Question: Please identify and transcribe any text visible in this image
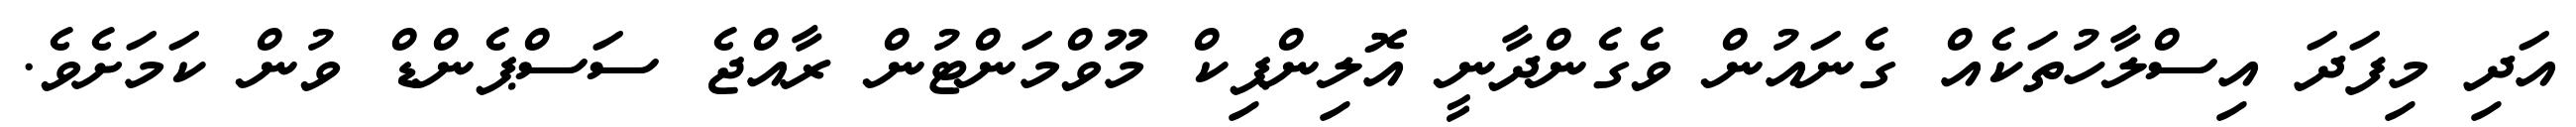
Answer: އަދި މިފަދަ އިސްލާހުތަކެއް ގެނައުން ވެގެންދާނީ އޮލިންޕިކް މޫވްމަންޓުން ރާއްޖެ ސަސްޕެންޑް ވުން ކަމަށެވެ.